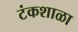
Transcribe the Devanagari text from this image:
टंकशाळा